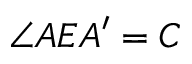
\angle A E A ^ { \prime } = C